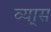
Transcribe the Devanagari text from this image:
व्या्स